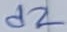
Text: d2